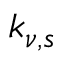
k _ { \nu , s }